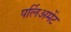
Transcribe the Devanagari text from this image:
पर्लिअमेंट